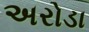
અરોડા